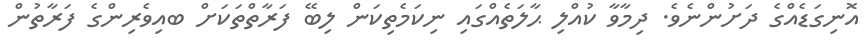
އޮނިގަޑެއްގެ ދަށުންނެވެ. ދިމާވާ ކުއްލި ޙާލަތެއްގައި ނިކަމެތިކަން ލިބޭ ފަރާތްތަކަށް ބއިވެރިންގެ ފަރާތުން